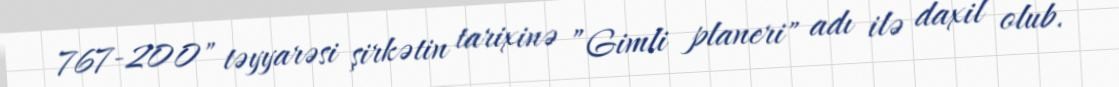
767-200" təyyarəsi şirkətin tarixinə ”Gimli planeri" adı ilə daxil olub.